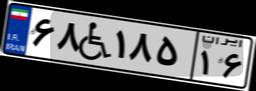
۰۸W۷۷۷۱۹